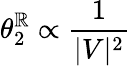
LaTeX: \theta_{2}^{\mathbb{R}}\propto\frac{{1}}{{|V|^{2}}}